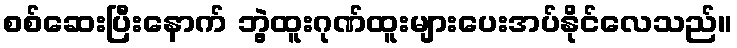
စစ်ဆေးပြီးနောက် ဘွဲ့ထူးဂုဏ်ထူးများပေးအပ်နိုင်လေသည်။